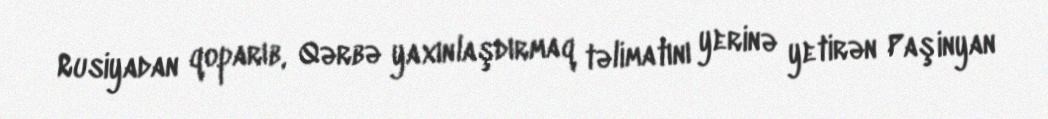
Rusiyadan qoparıb, Qərbə yaxınlaşdırmaq təlimatını yerinə yetirən Paşinyan